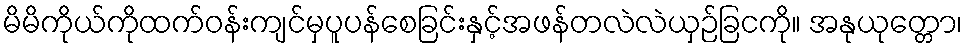
မိမိကိုယ်ကိုထက်ဝန်းကျင်မှပူပန်စေခြင်းနှင့်အဖန်တလဲလဲယှဉ်ခြငကို။ အနုယုတ္တော၊